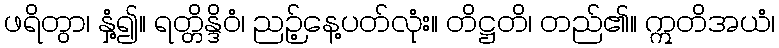
ဖရိတွာ၊ နှံ့၍။ ရတ္တိန္ဒိဝံ၊ ညဉ့်နေ့ပတ်လုံး။ တိဋ္ဌတိ၊ တည်၏။ ဣတိအယံ၊